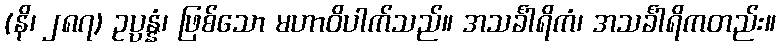
(နိ၊ ၂၈၇) ဥပ္ပန္နံ၊ ဖြစ်သော မဟာဝိပါက်သည်။ အသင်္ခါရိကံ၊ အသင်္ခါရိကတည်း။